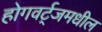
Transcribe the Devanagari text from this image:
होगवर्ट्‌जमधील